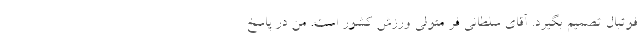
فوتبال تصمیم بگیرد. آقای سلطانی فر متولی ورزش کشور است. من در پاسخ